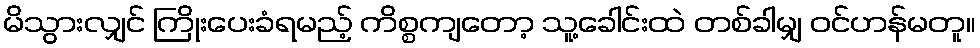
မိသွားလျှင် ကြိုးပေးခံရမည့် ကိစ္စကျတော့ သူ့ခေါင်းထဲ တစ်ခါမျှ ဝင်ဟန်မတူ။